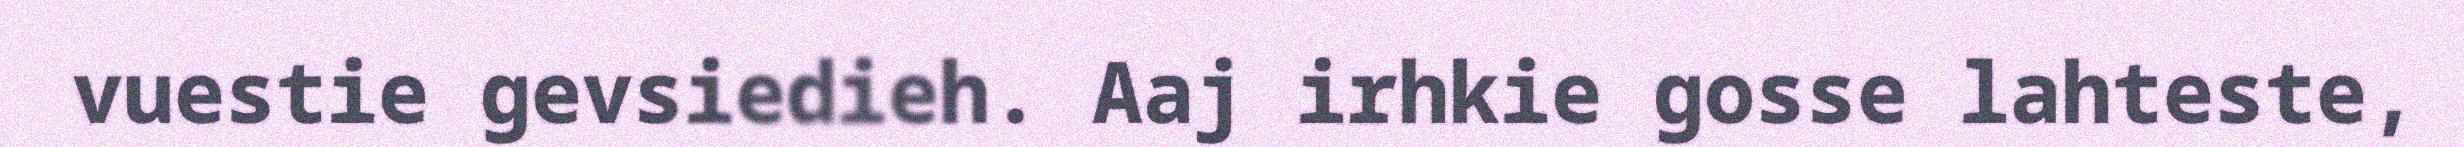
vuestie gevsiedieh. Aaj irhkie gosse lahteste,